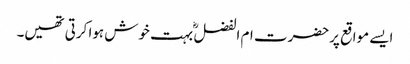
ایسے مواقع پرحضرت ام الفضل ؓ بہت خوش ہوا کرتی تھیں۔